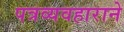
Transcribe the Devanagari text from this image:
पत्रव्यवहाराने